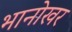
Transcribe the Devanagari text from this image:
भानोखर